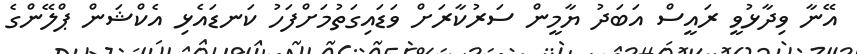
އޭނާ ވިދާޅުވީ ރައީސް އަބަދު ޔާމީން ސަރުކާރަށް ވަޑައިގަތުމަށްފަހު ކަނޑައެޅި އެކްޝަން ޕްލޭންގެ